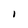
Character: I